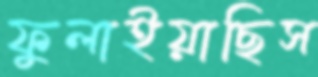
ফুলাইয়াছিস